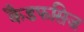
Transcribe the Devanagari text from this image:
कैडफसिज़